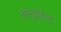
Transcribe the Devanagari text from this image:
आनुवशिक